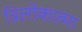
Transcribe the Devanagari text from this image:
त्रिलोकात्मा